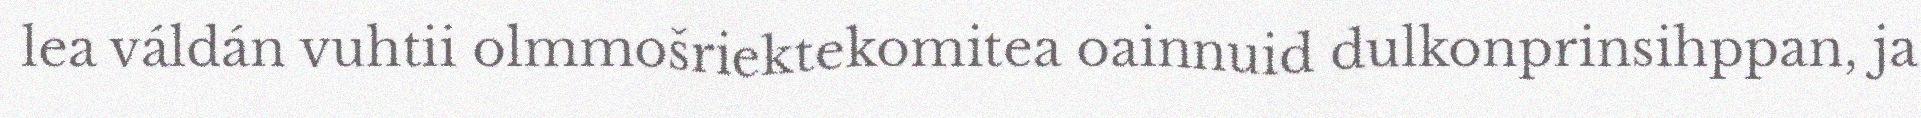
lea váldán vuhtii olmmošriektekomitea oainnuid dulkonprinsihppan, ja